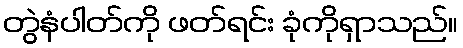
တွဲနံပါတ်ကို ဖတ်ရင်း ခုံကိုရှာသည်။